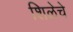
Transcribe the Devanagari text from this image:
शिळेचे